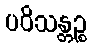
ပဝိသန္တဉ္စ